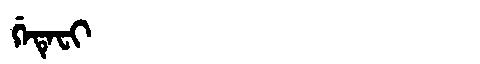
Manchu: ᡤᡝᡨᡝᠸᡳ
Romanization: GETEFI